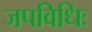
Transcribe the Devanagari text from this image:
जपविधिः